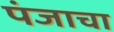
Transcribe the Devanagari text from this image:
पंजाचा